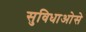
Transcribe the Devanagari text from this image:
सुविधाओसे